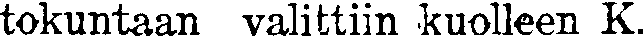
tokuntaan valittiin kuolleen K.